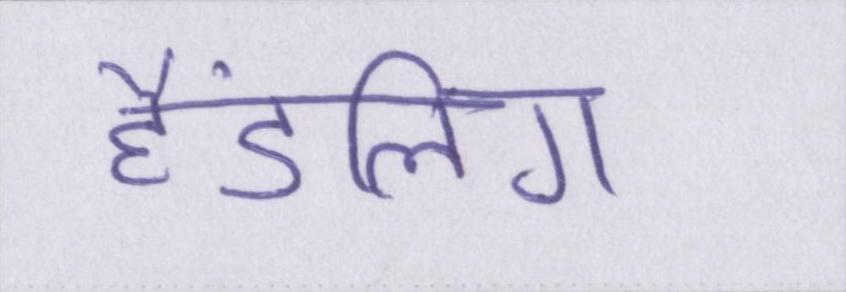
हैंडलिंग